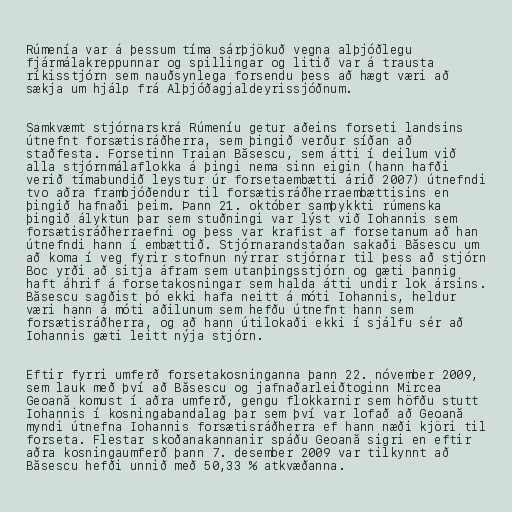
Rúmenía var á þessum tíma sárþjökuð vegna alþjóðlegu
fjármálakreppunnar og spillingar og litið var á trausta
ríkisstjórn sem nauðsynlega forsendu þess að hægt væri að
sækja um hjálp frá Alþjóðagjaldeyrissjóðnum.

Samkvæmt stjórnarskrá Rúmeníu getur aðeins forseti landsins
útnefnt forsætisráðherra, sem þingið verður síðan að
staðfesta. Forsetinn Traian Băsescu, sem átti í deilum við
alla stjórnmálaflokka á þingi nema sinn eigin (hann hafði
verið tímabundið leystur úr forsetaembætti árið 2007) útnefndi
tvo aðra frambjóðendur til forsætisráðherraembættisins en
þingið hafnaði þeim. Þann 21. október samþykkti rúmenska
þingið ályktun þar sem stuðningi var lýst við Iohannis sem
forsætisráðherraefni og þess var krafist af forsetanum að han
útnefndi hann í embættið. Stjórnarandstaðan sakaði Băsescu um
að koma í veg fyrir stofnun nýrrar stjórnar til þess að stjórn
Boc yrði að sitja áfram sem utanþingsstjórn og gæti þannig
haft áhrif á forsetakosningar sem halda átti undir lok ársins.
Băsescu sagðist þó ekki hafa neitt á móti Iohannis, heldur
væri hann á móti aðilunum sem hefðu útnefnt hann sem
forsætisráðherra, og að hann útilokaði ekki í sjálfu sér að
Iohannis gæti leitt nýja stjórn.

Eftir fyrri umferð forsetakosninganna þann 22. nóvember 2009,
sem lauk með því að Băsescu og jafnaðarleiðtoginn Mircea
Geoană komust í aðra umferð, gengu flokkarnir sem höfðu stutt
Iohannis í kosningabandalag þar sem því var lofað að Geoană
myndi útnefna Iohannis forsætisráðherra ef hann næði kjöri til
forseta. Flestar skoðanakannanir spáðu Geoană sigri en eftir
aðra kosningaumferð þann 7. desember 2009 var tilkynnt að
Băsescu hefði unnið með 50,33 % atkvæðanna.